Statistical return of the lunatic asylum in Assam - 1912-1932
Year: 1912
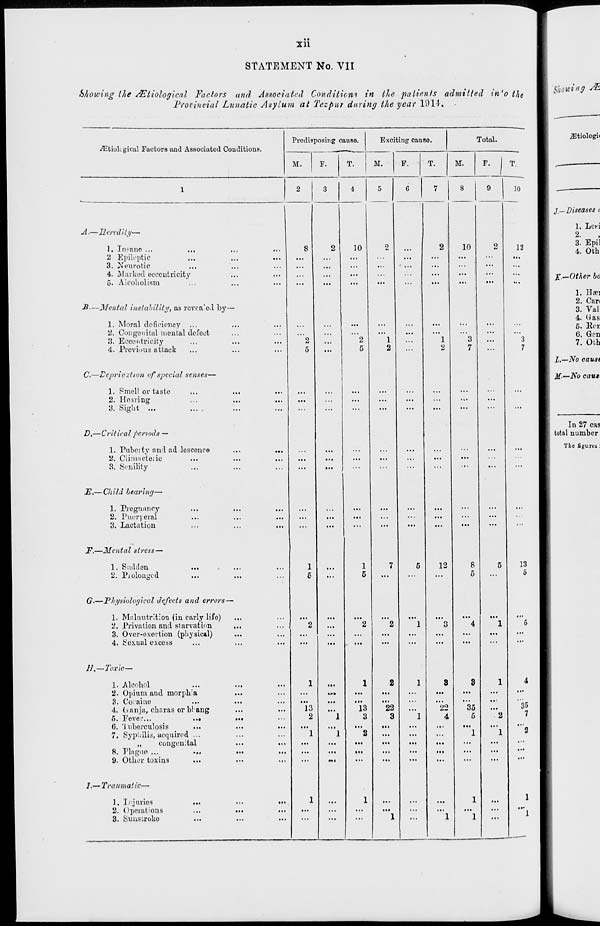
I •
Xll
STATEMENT No. VII
Showing the /Etiological Factors and Associated Conditions in the patients admitted in'o the
Provincial Lunatic Asylum at Tezpur during the year 1911.
/Etiok gical Factors and Associated Conditions.
A.—Heredity—
1. Insane ...
2 Epileptic
3. Neurotic
4. Marked eccentricity
6. Alcoholism
■B-—Mental instability, as rovca'od by—
1. Moral deficiency ...
2. Congenital mental defect
3. Eccentricity
4. Previous attack
C.—Deprivation of special senses-
1. Smell or taste
2. Hearing
3. Sight ...
D,—Critical periods —
1. Pubeitj' and ad lescence
2. Ciinnicteiic
3. Senility
E.— Child bearing—
1. Pregnancy
2. Pueri eral
3. Lactation
F.—Mental stress—
1. Sudden
2. Piolomjcd
G.—Physiological defects and errors—
1. Malnutrition (in early life)
2. Privation and starvation
,
3. Over-exertion (physical)
.
4. Sexual excess
11.—Toxic—
1. Alcohol
2. Opium and morphia
3. Cocaine
4. Ganja, charas or bl ang
5. FeveL'...
...
6. '1 nberculosis
7. Syphilis, ucquired ...
,,
congenital
8. riagne ...
...
9. Other toxins
/.— Traumatic—
1. Injuries
2. Operations
3. Sunstroke
Predisposing cause.
M.
F.
13
2
T.
10
Exciting cause.
Total.
M.
13
3
F.
22
3
M.
2
...
...
...
...
...
...
1
2
...
...
12
22
•t
F.
10
7
8
5
35
5
"l
10
12
13
35
7
l- Diseases <
1.
2.
3.
4.
Les-i
Epil
Oth
K- -Oth er bo
1.
2.
3.
4.
5.
6.
7.
Has
Can
Val
Was
Eer
Gen
Oth
X.- -No vaust
M- -No caut>
The figures I